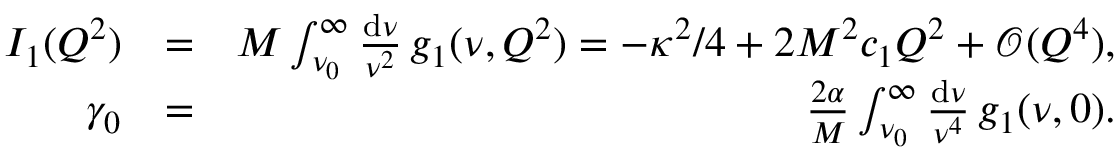
\begin{array} { r l r } { I _ { 1 } ( Q ^ { 2 } ) } & { = } & { M \int _ { \nu _ { 0 } } ^ { \infty } \frac { \mathrm { d } \nu } { \nu ^ { 2 } } \, g _ { 1 } ( \nu , Q ^ { 2 } ) = - \kappa ^ { 2 } / 4 + 2 M ^ { 2 } c _ { 1 } Q ^ { 2 } + \mathcal { O } ( Q ^ { 4 } ) , } \\ { \gamma _ { 0 } } & { = } & { \frac { 2 \alpha } { M } \int _ { \nu _ { 0 } } ^ { \infty } \frac { \mathrm { d } \nu } { \nu ^ { 4 } } \, g _ { 1 } ( \nu , 0 ) . } \end{array}